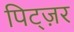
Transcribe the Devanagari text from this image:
पिट्ज़र